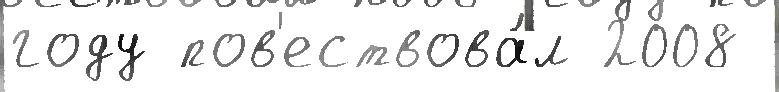
году пов'ествова́л 2008